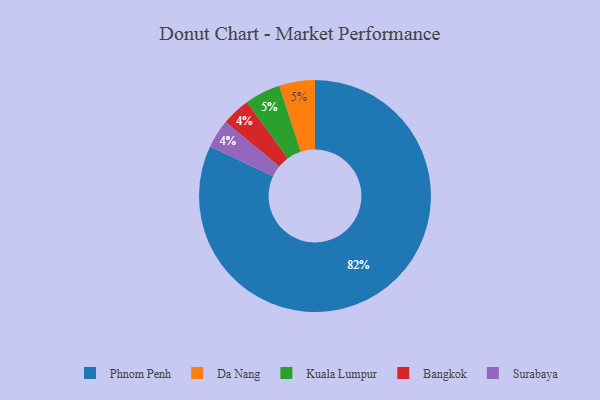
{"axis": {"x": "Category", "y": "Percentage"}, "legend": ["Bangkok", "Da Nang", "Kuala Lumpur", "Phnom Penh", "Surabaya"], "data": [{"x": "Bangkok", "y": 4, "type": "Bangkok"}, {"x": "Phnom Penh", "y": 82, "type": "Phnom Penh"}, {"x": "Surabaya", "y": 4, "type": "Surabaya"}, {"x": "Da Nang", "y": 5, "type": "Da Nang"}, {"x": "Kuala Lumpur", "y": 5, "type": "Kuala Lumpur"}]}